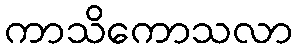
ကာသိကောသလာ